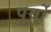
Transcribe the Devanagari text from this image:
पूर्बो